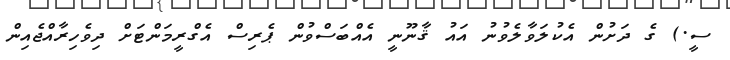
ސީ.) ގެ ދަށުން އެކުލަވާލެވުނު އައު ޤާނޫނީ އެއްބަސްވުން ޕެރިސް އެގްރީމަންޓަށް ދިވެހިރާއްޖެއިން